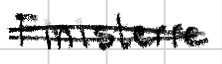
Text: Finisterre
Cross-out: scratch
Writing tool: digital_black